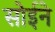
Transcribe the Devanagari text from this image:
सोईने